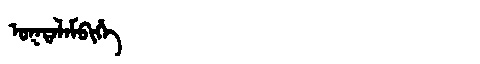
Manchu: ᠣᡴᡨᠠᠯᠠᠮᠪᡳᡥᡝ
Romanization: OKTALAMBIHE